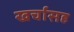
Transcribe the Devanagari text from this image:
खर्चासह